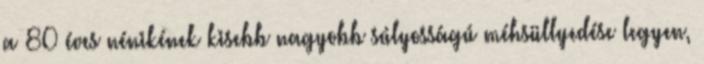
a 80 éves nénikének kisebb nagyobb súlyosságú méhsüllyedése legyen,